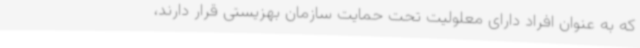
که به عنوان افراد دارای معلولیت تحت حمایت سازمان بهزیستی قرار دارند،